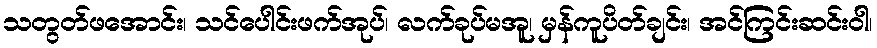
သတွတ်ဖအောင်း၊ သင်ပေါင်းဖက်အုပ်၊ လက်ခုပ်မအူ၊ မှန်ကူပိတ်ချင်း၊ အင်ကြင်းဆင်းဝါ၊